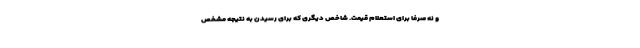
و نه صرفا برای استعلام قیمت. شاخص دیگری که برای رسیدن به نتیجه مشخص